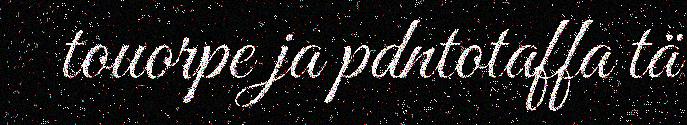
touorpe ja pdntotaffa tä